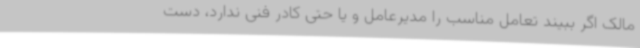
مالک اگر ببیند تعامل مناسب را مدیرعامل و یا حتی کادر فنی ندارد، دست